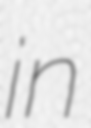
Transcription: in